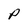
Character: P